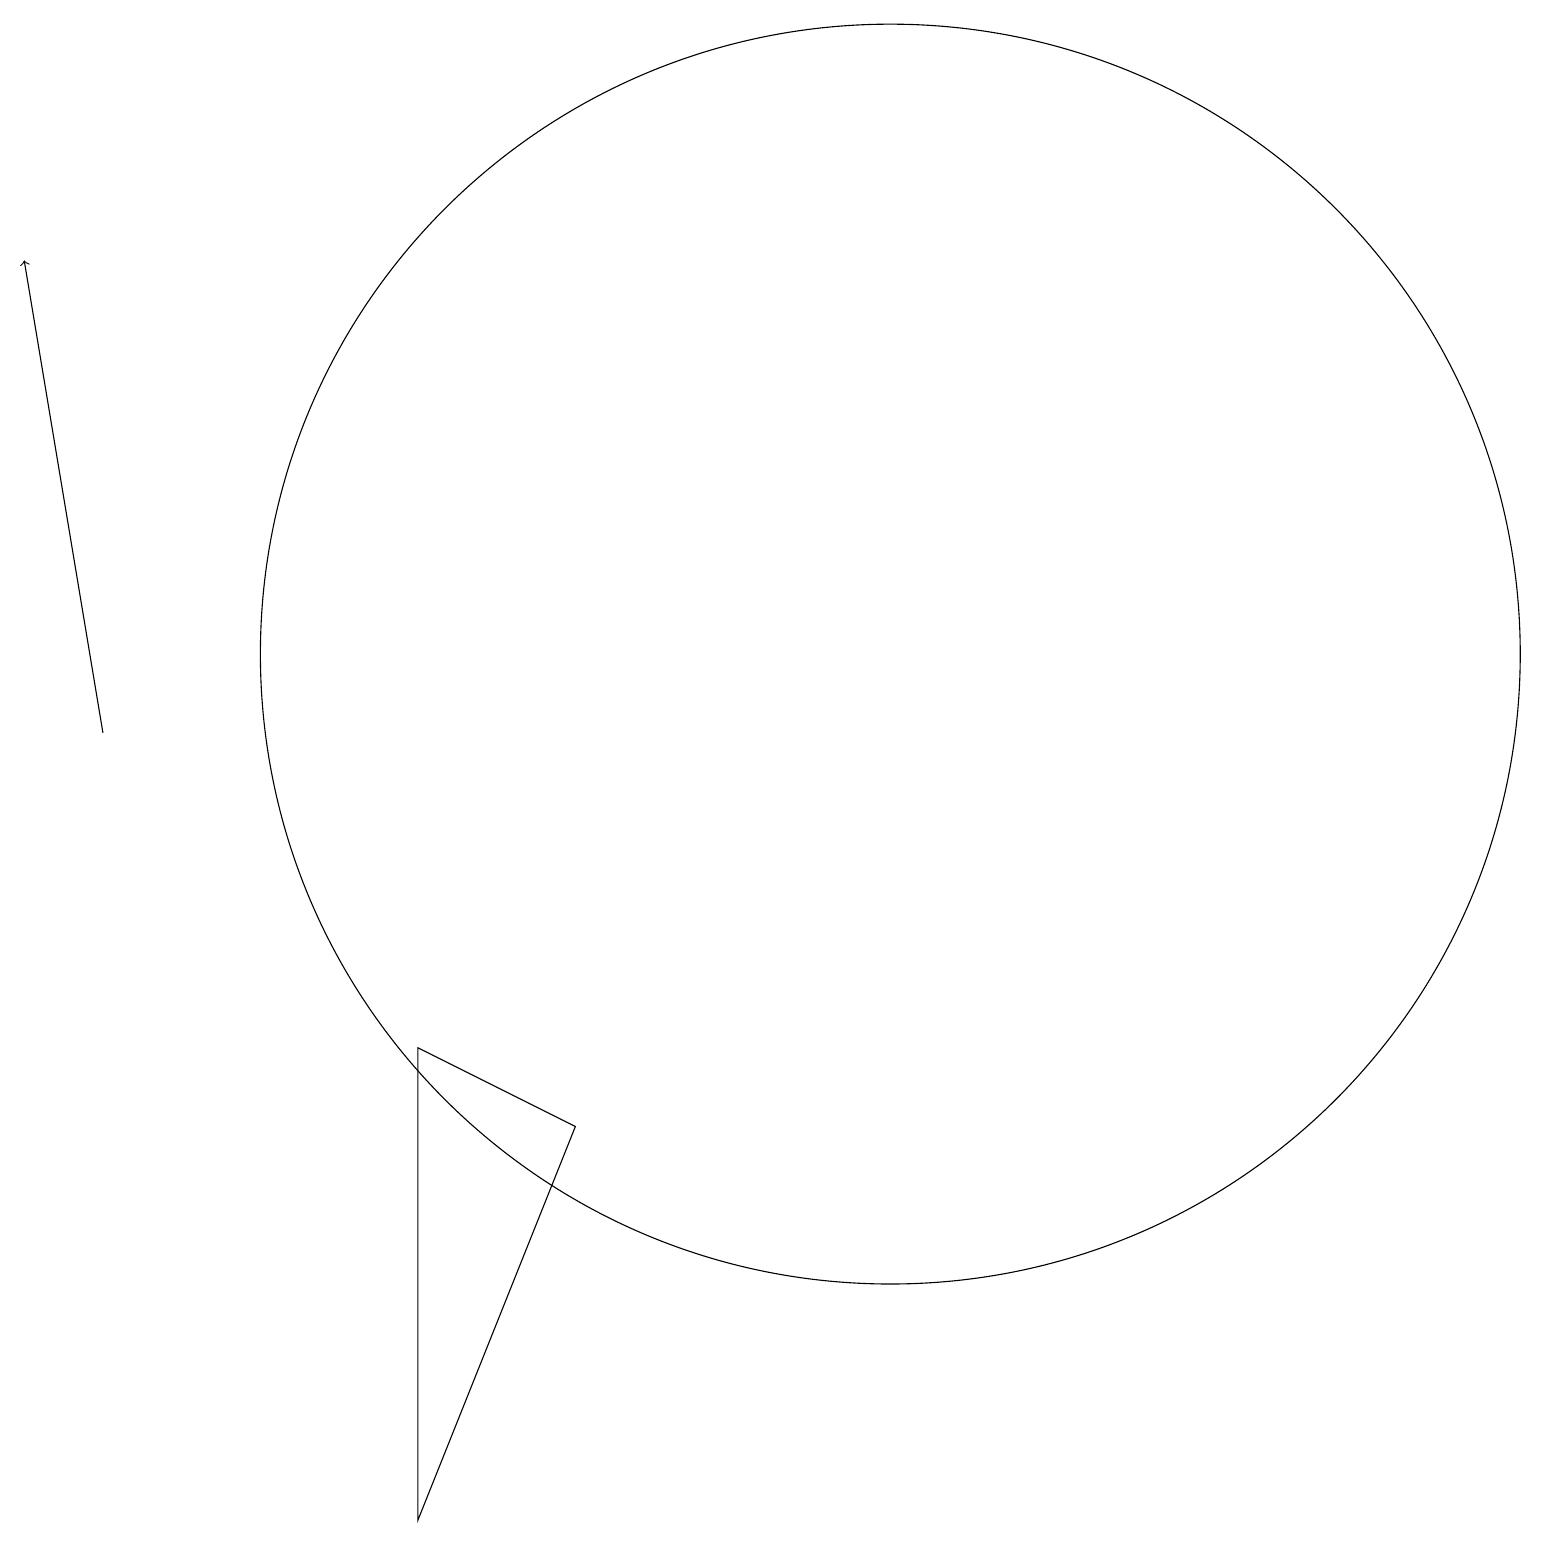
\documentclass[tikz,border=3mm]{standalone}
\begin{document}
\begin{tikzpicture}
\draw (7,5) -- (5,6) -- (5,0) -- cycle;
\draw[->] (1,10) -- (0,16);
\draw (10,11) circle (0);
\draw (11,11) circle (8);
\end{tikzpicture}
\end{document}